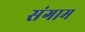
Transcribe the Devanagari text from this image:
संगाम